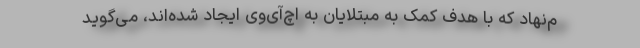
م‌نهاد که با هدف کمک به مبتلایان به اچ‌آی‌وی ایجاد شده‌اند، می‌گوید